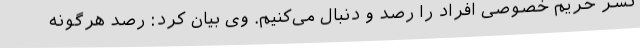
نشر حریم خصوصی افراد را رصد و دنبال می‌کنیم. وی بیان کرد: رصد هرگونه